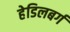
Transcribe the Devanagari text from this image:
हेडिलबर्ग